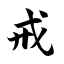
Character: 戒